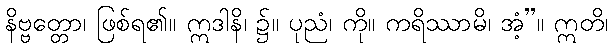
နိဗ္ဗတ္တော၊ ဖြစ်ရ၏။ ဣဒါနိ၊ ၌။ ပုညံ၊ ကို။ ကရိဿာမိ၊ အံ့”။ ဣတိ၊